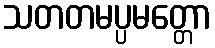
သတတမပ္ပမတ္တော